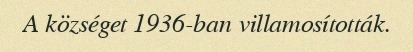
A községet 1936-ban villamosították.